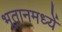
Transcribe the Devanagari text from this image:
भूतानमध्यें